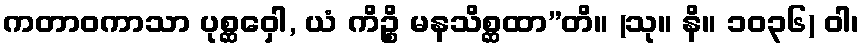
ကတာဝကာသာ ပုစ္ဆဝှေါ, ယံ ကိဉ္စိ မနသိစ္ဆထာ”တိ။ (သု။ နိ။ ၁၀၃၆) ဝါ၊